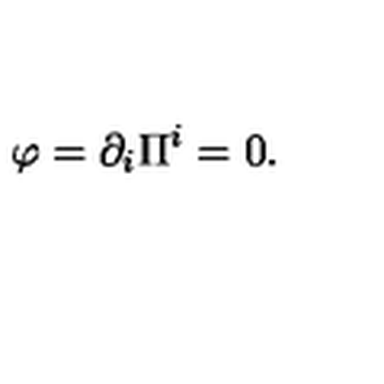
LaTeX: \varphi = \partial _ { i } \Pi ^ { i } = 0 .